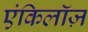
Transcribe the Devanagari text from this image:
एंकिलॉज़